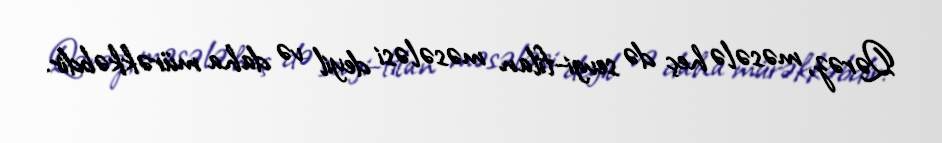
Qərəz, məsələ heç də sevgi–filan məsələsi deyil və daha mürəkkəbdir.